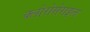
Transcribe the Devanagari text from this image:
क्लोरोसेराइल